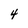
Character: 4